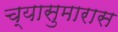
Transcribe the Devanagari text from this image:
च्यासुमारास